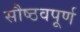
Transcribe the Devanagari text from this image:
सौष्ठवपूर्ण